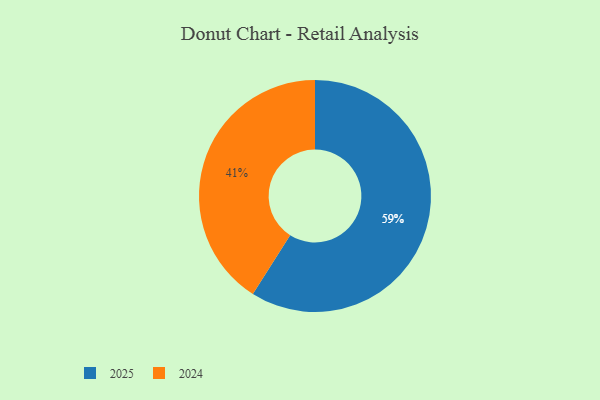
{"axis": {"x": "Category", "y": "Percentage"}, "legend": ["2024", "2025"], "data": [{"x": "2024", "y": 41, "type": "2024"}, {"x": "2025", "y": 59, "type": "2025"}]}